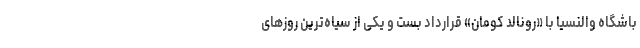
باشگاه والنسیا با «رونالد کومان» قرارداد بست و یکی از سیاه‌ترین روزهای